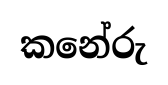
කනේරු